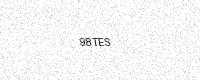
Text: 98TES